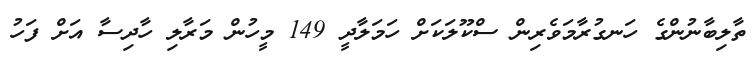
ތާލިބާނުންގެ ހަނގުރާމަވެރިން ސްކޫލަކަށް ހަމަލާދީ 149 މީހުން މަރާލި ހާދިސާ އަށް ފަހު